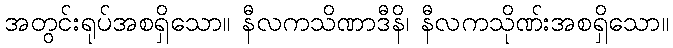
အတွင်းရုပ်အစရှိသော။ နီလကသိဏာဒီနိ၊ နီလကသိုဏ်းအစရှိသော။